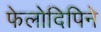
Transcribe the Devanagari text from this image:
फेलोदिपिने